Indian journal of veterinary science and animal husbandry - Volumes 15-17, 1948-1951
Year: 1948
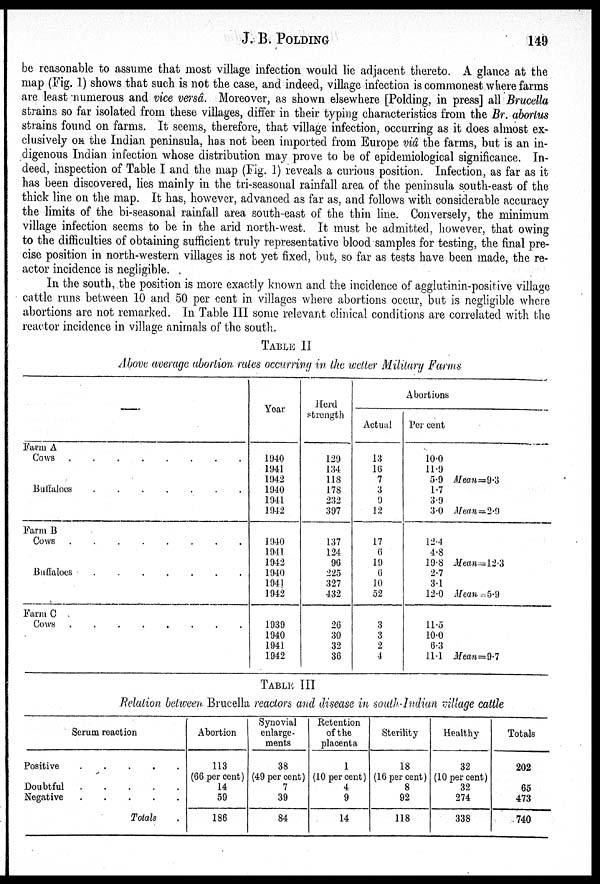
J. B. POLDING
149
be reasonable to assume that most village infection would lie adjacent thereto. A glance at the
map (Fig. 1) shows that such is not the case, and indeed, village infection is commonest where farms
are least numerous and vice versâ. Moreover, as shown elsewhere [Polding, in press] all Brucella
strains so far isolated from these villages, differ in their typing characteristics from the Br. abortus
strains found on farms. It seems, therefore, that village infection, occurring as it does almost ex-
clusively on the Indian peninsula, has not been imported from Europe viâ the farms, but is an in-
digenous Indian infection whose distribution may prove to be of epidemiological significance. In-
deed, inspection of Table I and the map (Fig. 1) reveals a curious position. Infection, as far as it
has been discovered, lies mainly in the tri-seasonal rainfall area of the peninsula south-east of the
thick line on the map. It has, however, advanced as far as, and follows with considerable accuracy
the limits of the bi-seasonal rainfall area south-east of the thin line. Conversely, the minimum
village infection seems to be in the arid north-west. It must be admitted, however, that owing
to the difficulties of obtaining sufficient truly representative blood samples for testing, the final pre-
cise position in north-western villages is not yet fixed, but, so far as tests have been made, the re-
actor incidence is negligible.
In the south, the position is more exactly known and the incidence of agglutinin-positive village
cattle runs between 10 and 50 per cent in villages where abortions occur, but is negligible where
abortions are not remarked. In Table III some relevant clinical conditions are correlated with the
reactor incidence in village animals of the south.
TABLE II
Above average abortion rates occurring in the wetter Military Farms
—
Farm A
Cows
.
.
.
.
.
.
.
.
Buffaloes
.
.
.
.
.
.
.
Farm B
Cows
.
.
.
.
.
.
.
.
Buffaloes
.
.
.
.
.
.
.
Farm C
Cows
.
.
.
.
.
.
.
.
Year
1940
1941
1942
1940
1941
1942
1940
1941
1942
1940
1941
1942
1939
1940
1941
1942
Herd
strength
129
134
118
178
232
397
137
124
96
225
327
432
26
30
32
36
Abortions
Actual
13
16
7
3
9
12
17
6
19
6
10
52
3
3
2
4
Per cent
10.0
11.9
5.9 Mean = 9.3
1.7
3.9
3.0 Mean = 2.9
12.4
4.8
19.8 Mean = 12.3
2.7
3.1
12.0 Mean = 5.9
11.5
10.0
6.3
11.1 Mean=9.7
TABLE III
Relation between Brucella reactors and disease in south-Indian village cattle
Serum reaction
Positive
.
.
.
.
.
Doubtful
.
.
.
.
.
Negative
.
.
.
.
.
Totals .
Abortion
113
(66 per cent)
14
59
186
Synovial
enlarge-
ments
38
(49 per cent)
7
39
84
Retention
of the
placenta
1
(10 per cent)
4
9
14
Sterility
18
(16 per cent)
8
92
118
Healthy
32
(10 per cent)
32
274
338
Totals
202
65
473
740